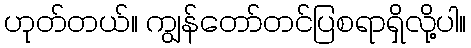
ဟုတ်တယ်။ ကျွန်တော်တင်ပြစရာရှိလို့ပါ။